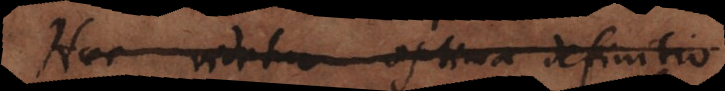
Haec videtur optima definitio